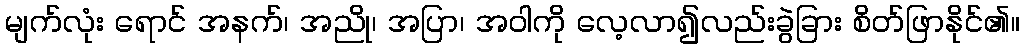
မျက်လုံး ရောင် အနက်၊ အညို၊ အပြာ၊ အဝါကို လေ့လာ၍လည်းခွဲခြား စိတ်ဖြာနိုင်၏။